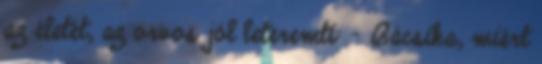
az életét, az orvos jól leteremti: - Bácsika, miért